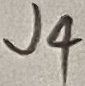
Text: J4